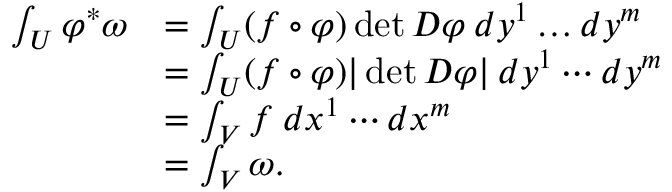
\begin{array} { r l } { \int _ { U } \varphi ^ { * } \omega } & { = \int _ { U } ( f \circ \varphi ) \operatorname* { d e t } D \varphi \: d y ^ { 1 } \dots d y ^ { m } } \\ & { = \int _ { U } ( f \circ \varphi ) \vert \operatorname* { d e t } D \varphi \vert \: d y ^ { 1 } \cdots d y ^ { m } } \\ & { = \int _ { V } f \: d x ^ { 1 } \cdots d x ^ { m } } \\ & { = \int _ { V } \omega . } \end{array}